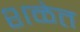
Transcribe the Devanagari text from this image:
शळेत